Medical and sanitary report of the native army of Madras for the year
Year: 1876
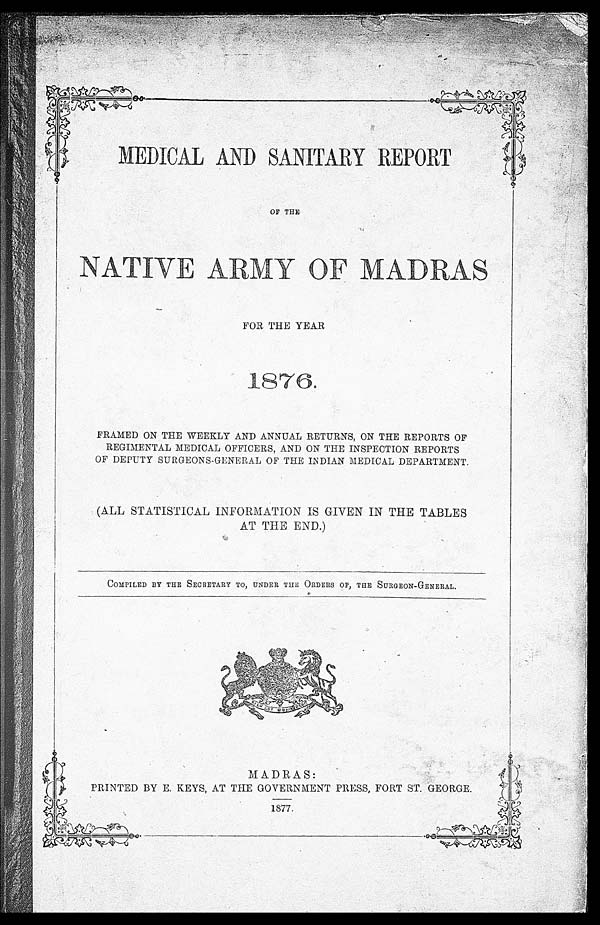
MEDICAL AND SANITARY REPORT
OF THE
FOR THE YEAR
1876.
FRAMED ON THE WEEKLY AND ANNUAL RETURNS, ON THE REPORTS OF
REGIMENTAL MEDICAL OFFICERS, AND ON THE INSPECTION REPORTS
OF DEPUTY SURGEONS-GENERAL OF THE INDIAN MEDICAL DEPARTMENT.
(ALL STATISTICAL INFORMATION IS GIVEN IN THE TABLES
AT THE END.)
COMPILED BY THE SECRETARY TO, UNDER THE ORDERS OF, THE SURGEON-GENERAL.
MADRAS:
PRINTED BY E. KEYS, AT THE GOVERNMENT PRESS, FORT ST. GEORGE.
1877.